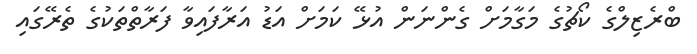
ބްރެޒިލްގެ ކޯޗުގެ މަގާމަށް ގެންނަން އުޅޭ ކަމަށް އަޑު އަރާފައިވާ ފަރާތްތަކުގެ ތެރޭގައި